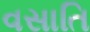
વસાતિ